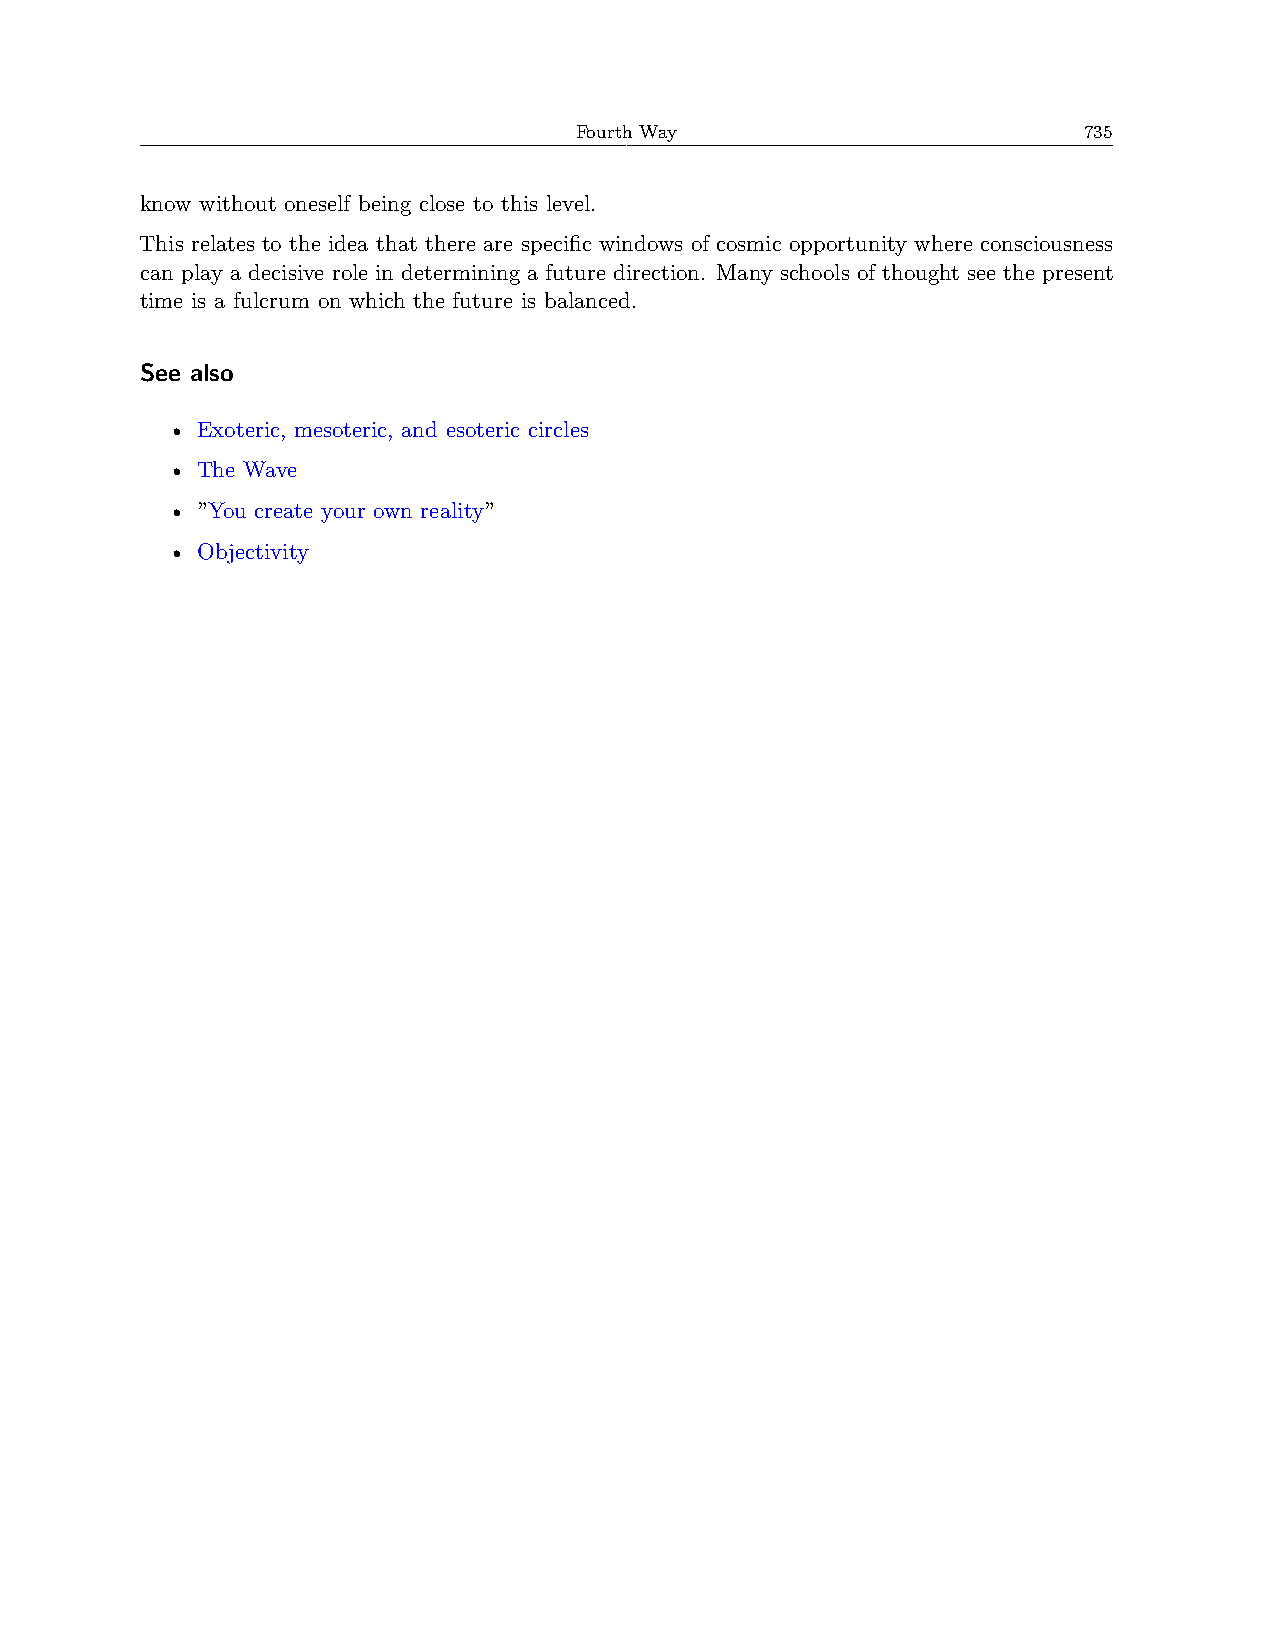
Fourth Way                        735
 know without oneself being close to this level.
 This relates to the idea that there are specific windows of cosmic opportunity where consciousness
 can play a decisive role in determining a future direction. Many schools of thought see the present
 time is a fulcrum on which the future is balanced.
 See also
 • Exoteric, mesoteric, and esoteric circles
 • The Wave
 • ”You create your own reality”
 • Objectivity